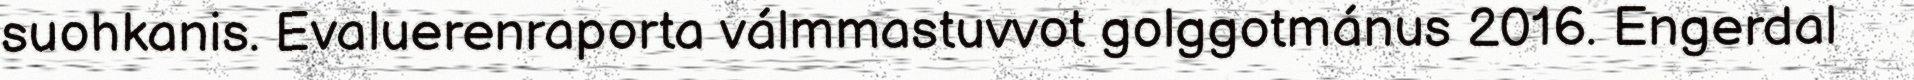
suohkanis. Evaluerenraporta válmmastuvvot golggotmánus 2016. Engerdal